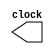
`timescale 10ns/10ps //REACH 10ns WITH A STEP OF 10ps
 /********************************CLOCK_generation Module**************************************/
module CLOCK_generation(clock);
output reg clock;
initial 
begin 
clock <= 0 ; 
end 
always 
begin 
#3.125 clock = ~clock;
end 
endmodule